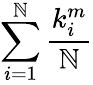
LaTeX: \sum_{i=1}^{\mathbb{N}}\frac{{k_{i}^{m}}}{{\mathbb{N}}}